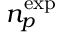
{ n _ { p } ^ { \mathrm { e x p } } }